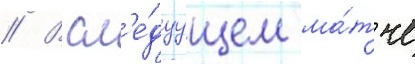
// В сл'е́дуущем ма́тче